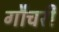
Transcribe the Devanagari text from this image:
गौचरी